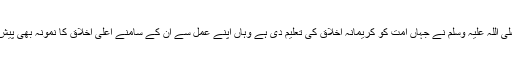
نبی کریم صلی اللہ علیہ وَسلم نے جہاں اُمت کو کریمانہ اخلاق کی تعلیم دِی ہے وَہاں اَپنے عمل سے اُن کے سامنے اَعلیٰ اخلاق کا نمونہ بھی پیش فرمایا ہے۔